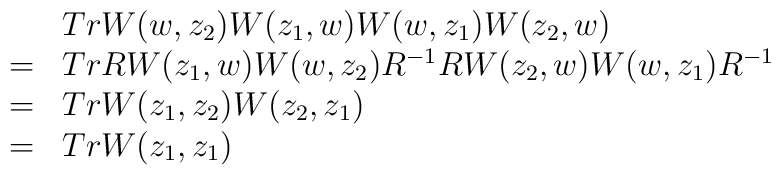
\begin{array}{rl}&Tr W(w,z_2)W(z_1,w)W(w,z_1)W(z_2,w) \\=&Tr RW(z_1,w)W(w,z_2)R^{-1}RW(z_2,w)W(w,z_1)R^{-1} \\=&Tr W(z_1,z_2)W(z_2,z_1) \\=&Tr W(z_1,z_1) \end{array}